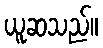
ယူဆသည်။